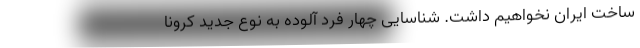
ساخت ایران نخواهیم داشت. شناسایی چهار فرد آلوده به نوع جدید کرونا